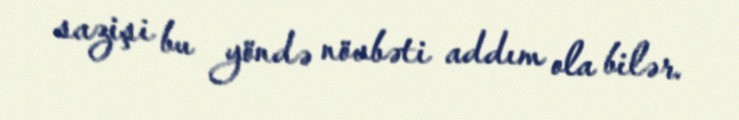
sazişi bu yöndə növbəti addım ola bilər.